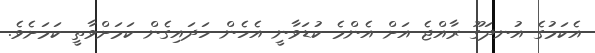
އެކަމުގެ އުނދަގޫ ރާއްޖެ އަށް އެންމެ ކުޑަވާނީ އެހެން ހަދައިގެން ކަމަށްވާތީ ކަމަށެވެ.